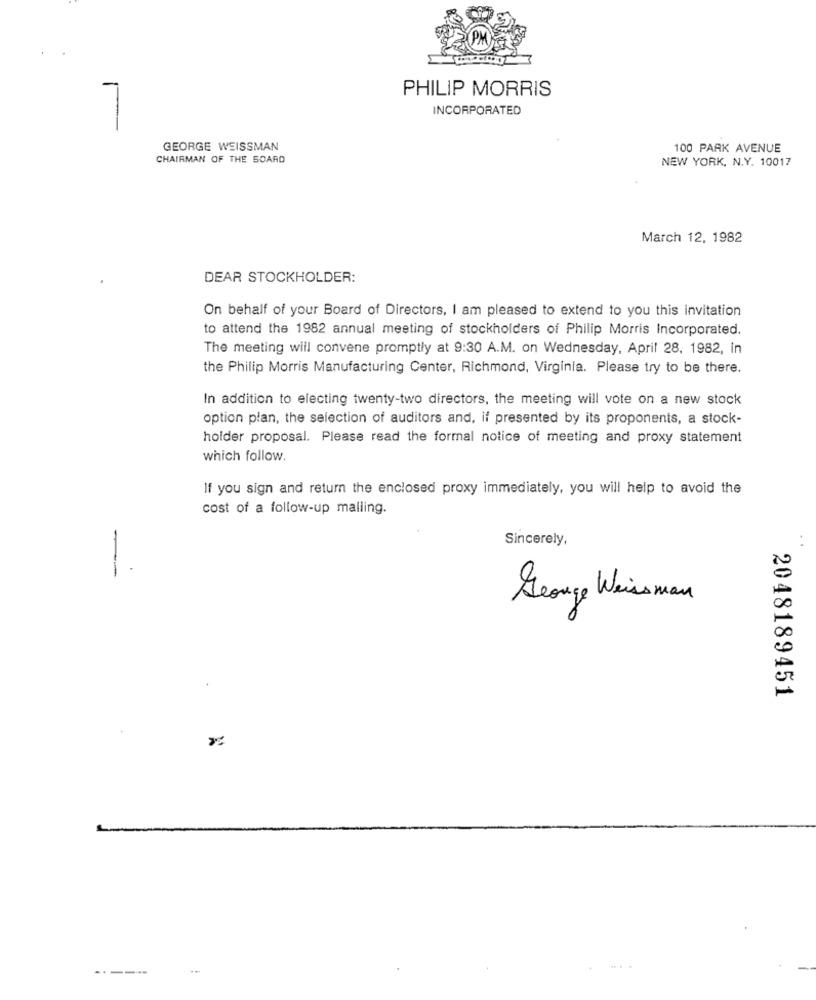
PHILIP MORRIS
INCORPORATED
GEORGE WEISSMAN
100 PARK AVENUE
CHAIRMAN OF THE BOARD
NEW YORK, N.Y. 10017
March 12, 1982
DEAR STOCKHOLDER:
On behalf of your Board of Directors, I am pleased to extend to you this invitation
to attend the 1982 annual meeting of stockholders of Philip Morris Incorporated.
The meeting will convene promptly at 9:30 A.M. on Wednesday, April 28, 1982, in
the Philip Morris Manufacturing Center, Richmond, Virginia. Please try to be there.
In addition to electing twenty-two directors, the meeting will vote on a new stock
option plan, the selection of auditors and, if presented by its proponents, a stock-
holder proposal. Please read the formal notice of meeting and proxy statement
which follow.
If you sign and return the enclosed proxy immediately, you will help to avoid the
cost of a follow-up malling.
Sincerely,
-
George Weiss man
2048189451
-----